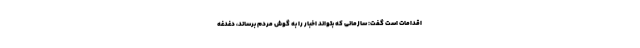
اقدامات است گفت: سازمانی که بتواند اخبار را به گوش مردم برساند، دغدغه